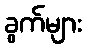
ခွက်များ